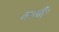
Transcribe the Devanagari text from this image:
गायींत